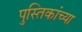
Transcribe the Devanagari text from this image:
पुस्तिकांच्‍या